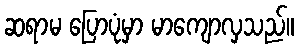
ဆရာမ ပြောပုံမှာ မာကျောလှသည်။